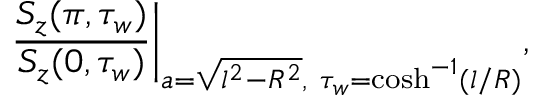
\frac { S _ { z } ( \pi , \tau _ { w } ) } { S _ { z } ( 0 , \tau _ { w } ) } \bigg | _ { a = \sqrt { l ^ { 2 } - R ^ { 2 } } , ~ \tau _ { w } = \cosh ^ { - 1 } ( l / R ) } ,